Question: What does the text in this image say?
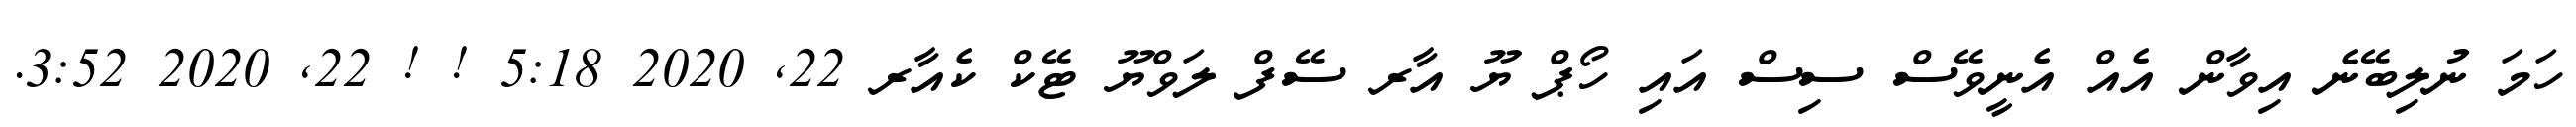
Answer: ހަމަ ނުލިބޭނެ އިވާން އެއް އެނީވޭސް ސިސް އައި ހޯޕް ޔޫ އާރ ސޭފް ލަވްޔޫ ޓޭކް ކެއާރ 22, 2020 5:18 ! ! 22, 2020 3:52.